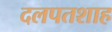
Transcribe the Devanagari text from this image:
दलपतशाह